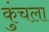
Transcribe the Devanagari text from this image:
कुंचला